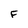
Character: F